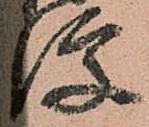
便